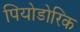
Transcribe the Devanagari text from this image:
पियोडोरिक